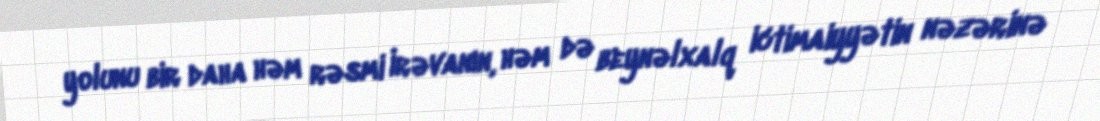
yolunu bir daha həm rəsmi İrəvanın, həm də beynəlxalq ictimaiyyətin nəzərinə